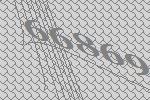
66869